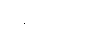
ဖူရှင်းက